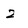
Character: 2